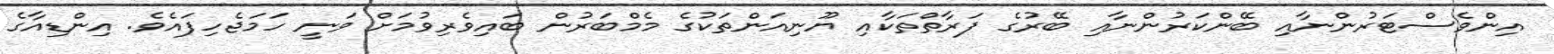
އިންވެސްޓަރުންނާއި ބޭންކަރުންނާއި ބޭރުގެ ފަރާތްތަކާއި ޔޫނިއަންތަކުގެ މެމްބަރުން ބައިވެރިވުމަށް ވަނީ ހަމަޖެހިފައެވެ. އިންޑިއާގެ